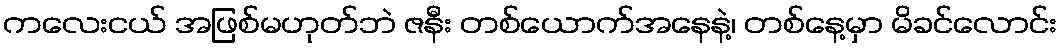
ကလေးငယ် အဖြစ်မဟုတ်ဘဲ ဇနီး တစ်ယောက်အနေနဲ့၊ တစ်နေ့မှာ မိခင်လောင်း